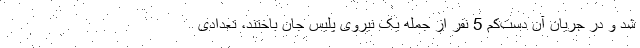
شد و در جریان آن دست‌کم 5 نفر از جمله یک نیروی پلیس جان باختند، تعدادی